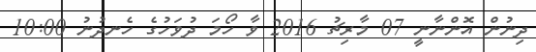
ދިނުން އޮންނާނީ 07 މާރިޗު 2016 ވާ ހޯމަ ދުވަހުގެ ހެނދުނު 10:00